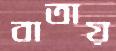
বাতায়